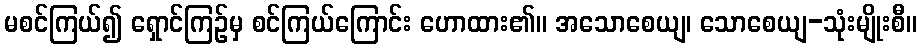
မစင်ကြယ်၍ ရှောင်ကြဉ်မှ စင်ကြယ်ကြောင်း ဟောထား၏။ အသောစေယျ၊ သောစေယျ-သုံးမျိုးစီ။